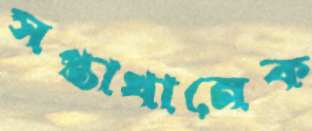
সপ্তাখানেক